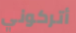
أتركوني